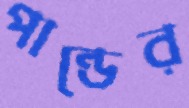
পান্ডের